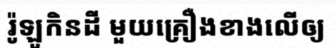
រ៉ូឡូកិនដី មួយគ្រឿងខាងលើឲ្យ